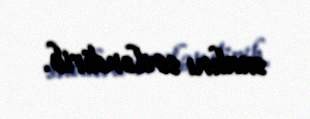
sualını səsləndirib.